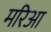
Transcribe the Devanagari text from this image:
मरिआ